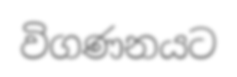
විගණනයට